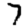
Digit: 7